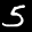
Label: 5